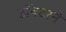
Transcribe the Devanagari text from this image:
डॉक्‍टरने